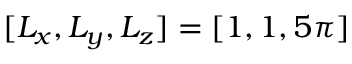
[ L _ { x } , L _ { y } , L _ { z } ] = [ 1 , 1 , 5 \pi ]